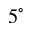
5 ^ { \circ }